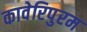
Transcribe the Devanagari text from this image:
कावेरिपुरम